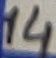
Text: 14